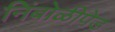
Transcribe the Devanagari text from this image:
निंबोळीपेड